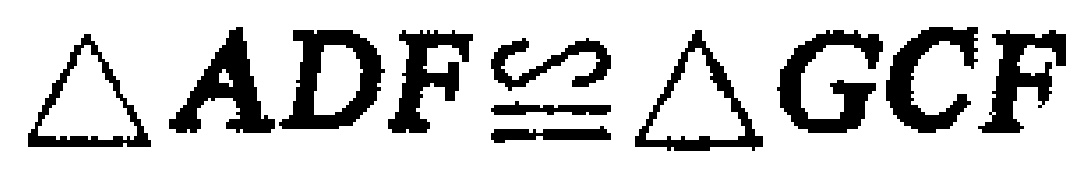
$\triangle ADF\cong\triangle GCF$